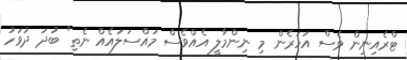
ޓްރެއިނިން ވެސް އަހަރެން މި ނިންމާލީ އެއްވެސް މައްސަލައެއް ނެތި" ބުދަ ދުވަހު